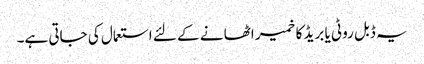
یہ ڈبل روٹی یا بریڈ کا خمیر اٹھا نے کے لئے استعمال کی جاتی ہے۔